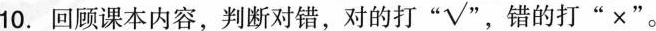
10.回顾课本内容，判断对错，对的打”√”，错的打”×”。